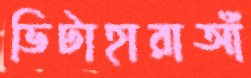
ভিটাহারাআঁ